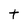
Character: t